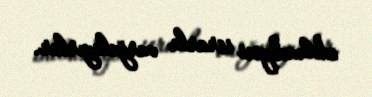
edilmədiyini israrla vurğulayırlar.